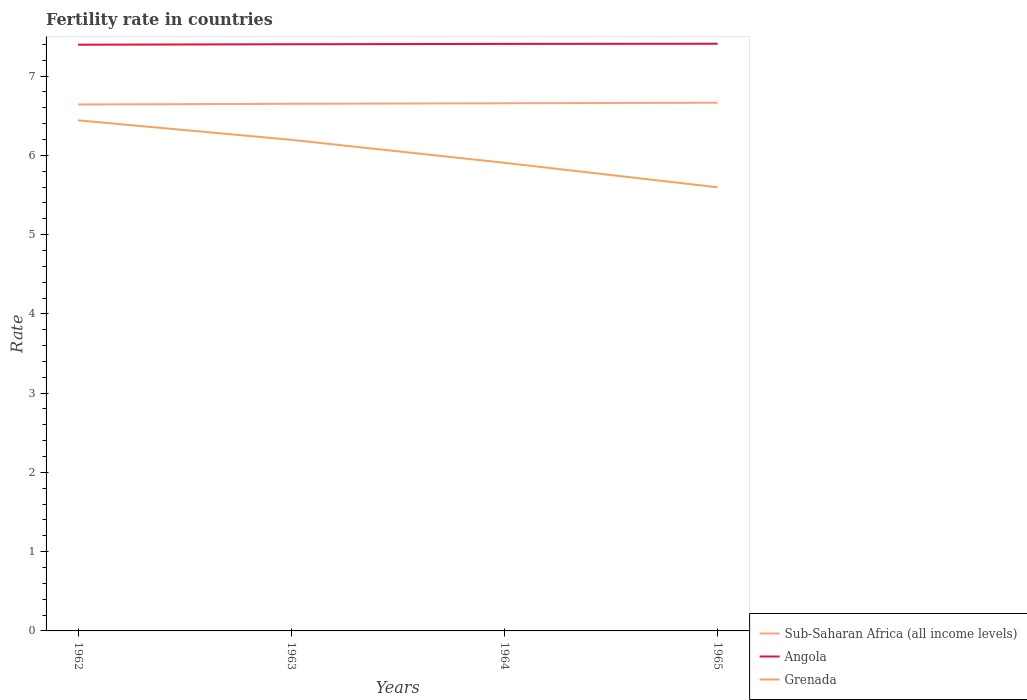
| Years | Sub-Saharan Africa (all income levels) | Angola | Grenada |
 | --- | --- | --- | --- |
 | 1962 | 6.64 | 7.4 | 6.44 |
 | 1963 | 6.65 | 7.4 | 6.2 |
 | 1964 | 6.66 | 7.41 | 5.91 |
 | 1965 | 6.66 | 7.41 | 5.6 |